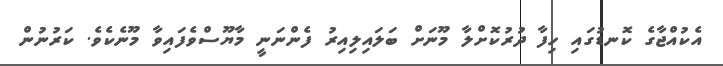
އެކުއްޖާގެ ކޮނޑުގައި ހިފާ ދުރުކޮށްލާ މޫނަށް ބަލައިލިއިރު ފެންނަނީ މާޔޫސްވެފައިވާ މޫނެކެވެ. ކަރުނުން